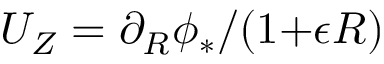
U _ { Z } = \partial _ { R } \phi _ { * } / ( 1 { + } \epsilon R )